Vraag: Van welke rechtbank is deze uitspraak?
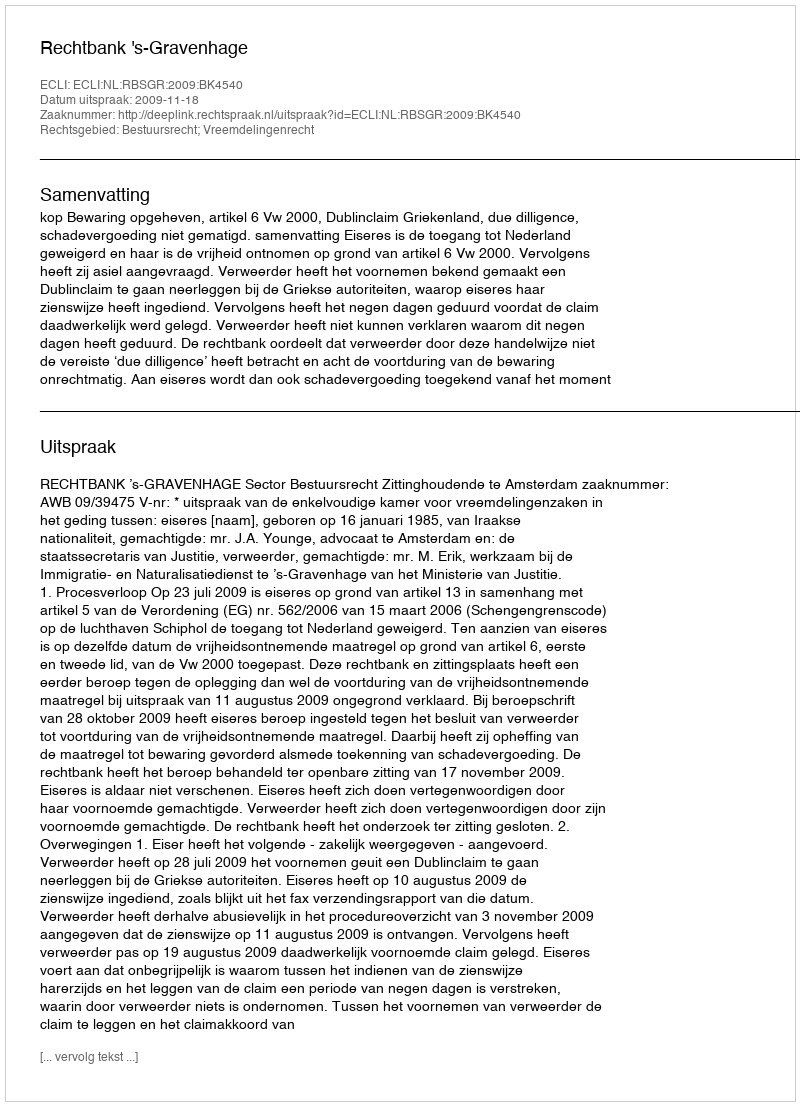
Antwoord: Rechtbank 's-Gravenhage